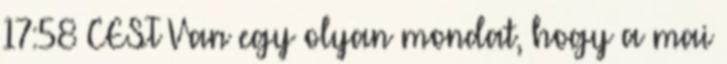
17:58 CEST Van egy olyan mondat, hogy a mai